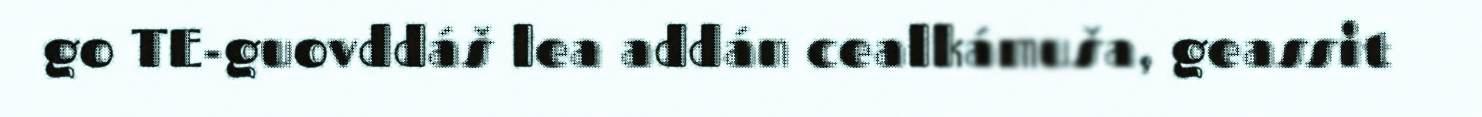
go TE-guovddáš lea addán cealkámuša, geassit